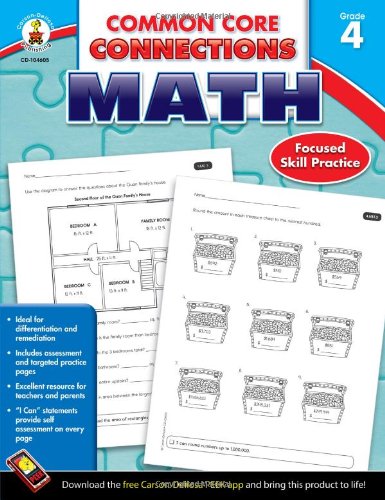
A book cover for Common Core Connections Math, Grade 4; Education & Teaching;